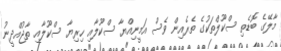
މާލޭގެ ބޮޑެތި ސްކޫލްތަކުގެ ތެރެއިން ވެސް އަމީނިއްޔާ ސްކޫލާއި ހިރިޔާ ސްކޫލާއި ތާޖުއްދީނު